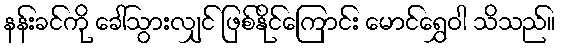
နန်းခင်ကို ခေါ်သွားလျှင် ဖြစ်နိုင်ကြောင်း မောင်ရွှေဝါ သိသည်။